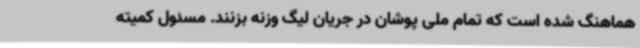
هماهنگ شده است که تمام ملی پوشان در جریان لیگ وزنه بزنند. مسئول کمیته